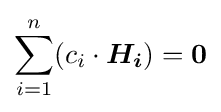
\sum _{i=1}^{n}(c_{i}\cdot {\boldsymbol {H_{i}}})={\boldsymbol {0}}